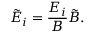
\tilde { E } _ { i } = \frac { E _ { i } } { B } \tilde { B } .